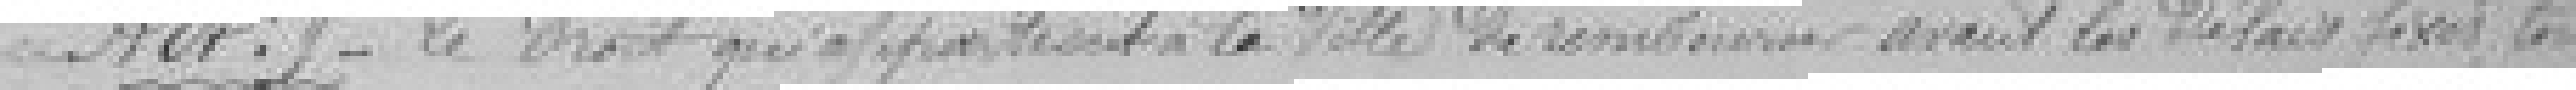
Art.9  Le droit qui appartient à la ville de rembourser avant les délais fixés